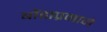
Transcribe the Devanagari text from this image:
बोंडाप्रमाणे